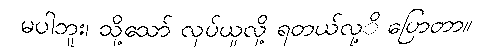
မပါဘူး၊ သို့သော် လုပ်ယူလို့ ရတယ်လု့ိ ပြောတာ။